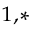
^ { 1 , * }